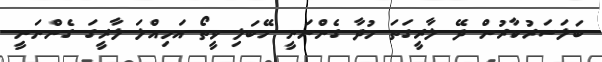
ބަލަސަރުކާރުން ދޭ ލާރީގަތަ މުދާ ގެންނަނީ ހޭބަލި ވީތޯ އަމިއްލަ ލާރީގަ ގެންނަނީ